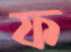
ফ